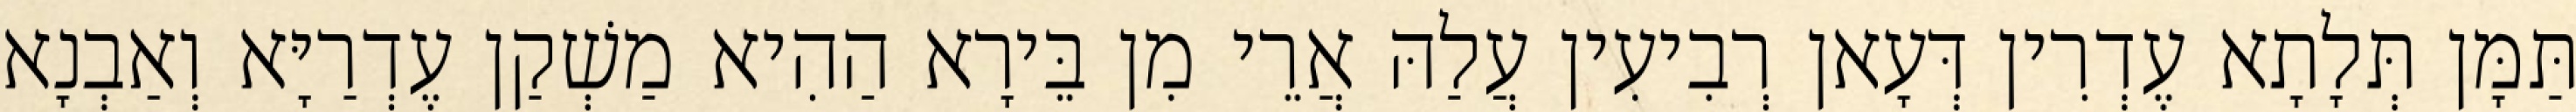
תַּמָּן תְּלָתָא עֶדְרִין דְּעָאן רְבִיעִין עֲלַהּ אֲרֵי מִן בֵּירָא הַהִיא מַשְׁקַן עֶדְרַיָּא וְאַבְנָא